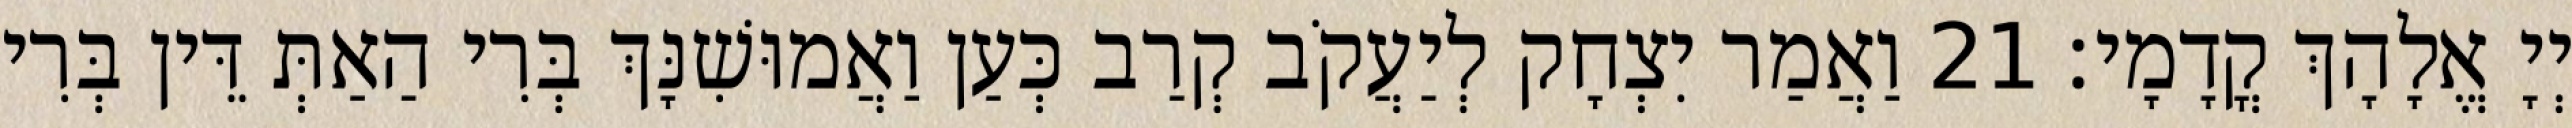
יְיָ אֱלָהָךְ קֳדָמָי׃ 21 וַאֲמַר יִצְחָק לְיַעֲקֹב קְרַב כְּעַן וַאֲמוּשִׁנָּךְ בְּרִי הַאַתְּ דֵּין בְּרִי